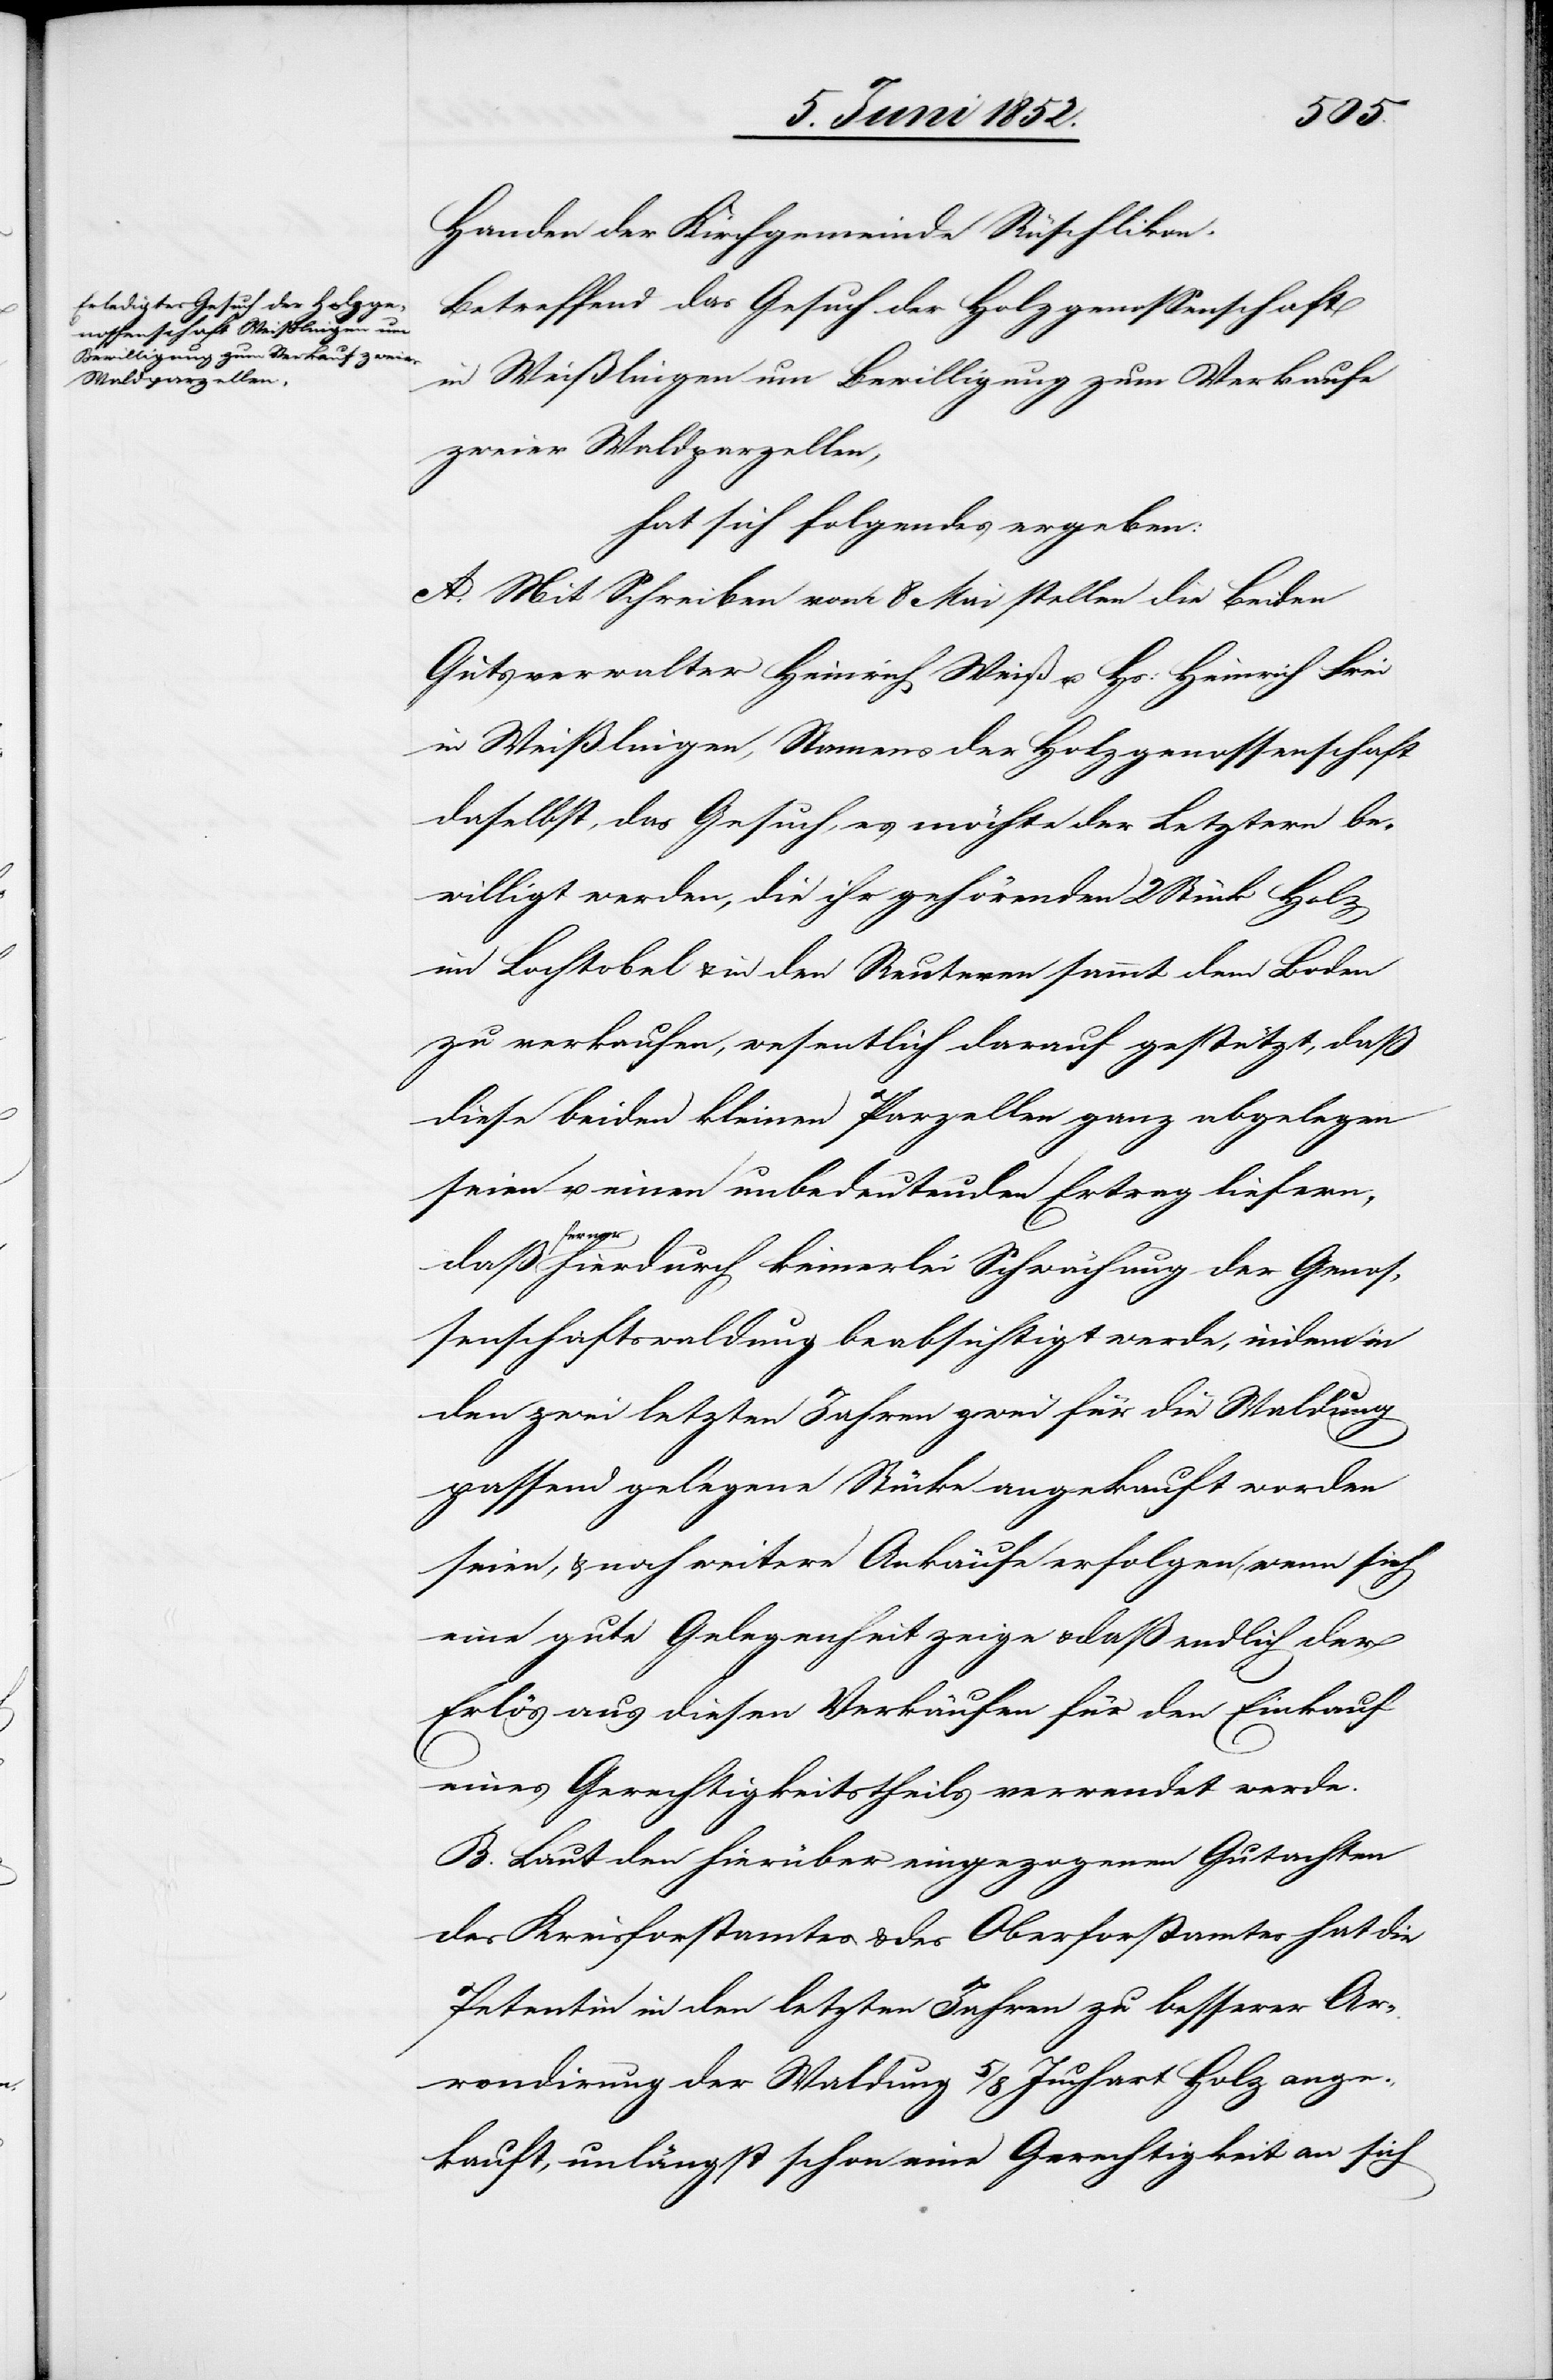
Handen der Kirchgemeinde Rüschlikon.
Betreffend das Gesuch der Holzgenossenschaft
in Weißlingen um Bewilligung zum Verkaufe
zweier Waldparzellen,
hat sich folgendes ergeben:
A. Mit Schreiben vom 8 Mai stellen die beiden
Gutsverwalter Heinrich Weiß u. Hs: Heinrich Frei
in Weißlingen, Namens der Holzgenossenschaft
daselbst, das Gesuch, es möchte der Letztern be¬
willigt werden, die ihr gehörenden 2 Stück Holz
im Lochtobel & in den Reuteren sammt dem Boden
zu verkaufen, wesentlich darauf gestützt, daß
diese beiden kleinen Parzellen ganz abgelegen
seien u. einen unbedeutenden Ertrag liefern,
ferne¬
r hierdurch keinerlei Schwächung der Genos¬
senschaftswaldung beabsichtigt werde, indem in
den zwei letzten Jahren zwei für die Waldung
passend gelegene Stücke angekauft worden
seien, & noch weitere Ankäufe erfolgen, wenn sich
eine gute Gelegenheit zeige & daß endlich der
Erlös aus diesen Verkäufen für den Einkauf
eines Gerechtigkeitstheils verwendet werde.
B. Laut den hierüber eingezogenen Gutachten
des Kreisforstamtes & des Oberforstamtes hat die
Petentin in den letzten Jahren zu besserer Ar¬
rondirung der Waldung 5/8 Juchart Holz ange¬
kauft, unlängst schon eine Gerechtigkeit an sich